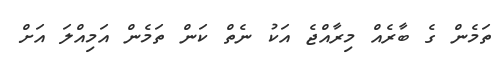
ތަމެން ގެ ބާރެއް މިރާއްޖެ އަކު ނެތް ކަން ތަމެން އަމިއްލަ އަށް